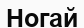
Ногай